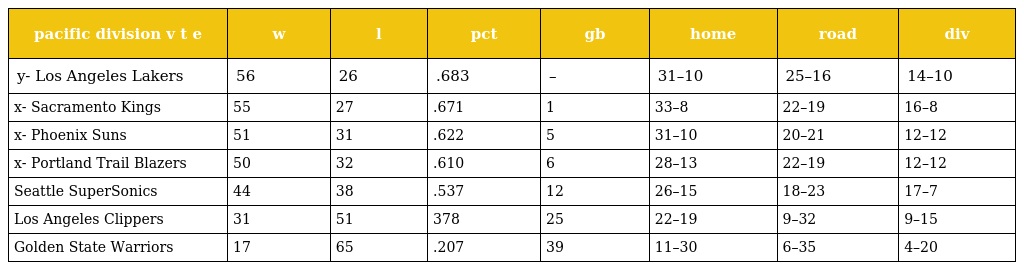
| pacific division v t e | w | l | pct | gb | home | road | div |
 | --- | --- | --- | --- | --- | --- | --- | --- |
 | y- Los Angeles Lakers | 56 | 26 | .683 | – | 31–10 | 25–16 | 14–10 |
 | x- Sacramento Kings | 55 | 27 | .671 | 1 | 33–8 | 22–19 | 16–8 |
 | x- Phoenix Suns | 51 | 31 | .622 | 5 | 31–10 | 20–21 | 12–12 |
 | x- Portland Trail Blazers | 50 | 32 | .610 | 6 | 28–13 | 22–19 | 12–12 |
 | Seattle SuperSonics | 44 | 38 | .537 | 12 | 26–15 | 18–23 | 17–7 |
 | Los Angeles Clippers | 31 | 51 | 378 | 25 | 22–19 | 9–32 | 9–15 |
 | Golden State Warriors | 17 | 65 | .207 | 39 | 11–30 | 6–35 | 4–20 |